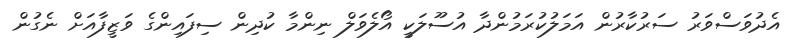
އެދުވަސްވަރު ސަރުކާރުން އަމަލުކުރަމުންދާ އުސޫލަކީ އޯލެވަލް ނިންމާ ކުދިން ސިފައިންގެ ވަޒީފާއަށް ނެގުން